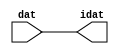

//------> /package/eda/mg/Catapult_10.3d/Mgc_home/pkgs/siflibs/ccs_in_v1.v 
//------------------------------------------------------------------------------
// Catapult Synthesis - Sample I/O Port Library
//
// Copyright (c) 2003-2017 Mentor Graphics Corp.
//       All Rights Reserved
//
// This document may be used and distributed without restriction provided that
// this copyright statement is not removed from the file and that any derivative
// work contains this copyright notice.
//
// The design information contained in this file is intended to be an example
// of the functionality which the end user may study in preparation for creating
// their own custom interfaces. This design does not necessarily present a 
// complete implementation of the named protocol or standard.
//
//------------------------------------------------------------------------------


module ccs_in_v1 (idat, dat);

  parameter integer rscid = 1;
  parameter integer width = 8;

  output [width-1:0] idat;
  input  [width-1:0] dat;

  wire   [width-1:0] idat;

  assign idat = dat;

endmodule


//------> /package/eda/mg/Catapult_10.3d/Mgc_home/pkgs/siflibs/ccs_out_v1.v 
//------------------------------------------------------------------------------
// Catapult Synthesis - Sample I/O Port Library
//
// Copyright (c) 2003-2015 Mentor Graphics Corp.
//       All Rights Reserved
//
// This document may be used and distributed without restriction provided that
// this copyright statement is not removed from the file and that any derivative
// work contains this copyright notice.
//
// The design information contained in this file is intended to be an example
// of the functionality which the end user may study in preparation for creating
// their own custom interfaces. This design does not necessarily present a 
// complete implementation of the named protocol or standard.
//
//------------------------------------------------------------------------------

module ccs_out_v1 (dat, idat);

  parameter integer rscid = 1;
  parameter integer width = 8;

  output   [width-1:0] dat;
  input    [width-1:0] idat;

  wire     [width-1:0] dat;

  assign dat = idat;

endmodule




//------> /package/eda/mg/Catapult_10.3d/Mgc_home/pkgs/siflibs/mgc_io_sync_v2.v 
//------------------------------------------------------------------------------
// Catapult Synthesis - Sample I/O Port Library
//
// Copyright (c) 2003-2017 Mentor Graphics Corp.
//       All Rights Reserved
//
// This document may be used and distributed without restriction provided that
// this copyright statement is not removed from the file and that any derivative
// work contains this copyright notice.
//
// The design information contained in this file is intended to be an example
// of the functionality which the end user may study in preparation for creating
// their own custom interfaces. This design does not necessarily present a 
// complete implementation of the named protocol or standard.
//
//------------------------------------------------------------------------------


module mgc_io_sync_v2 (ld, lz);
    parameter valid = 0;

    input  ld;
    output lz;

    wire   lz;

    assign lz = ld;

endmodule


//------> ./rtl.v 
// ----------------------------------------------------------------------
//  HLS HDL:        Verilog Netlister
//  HLS Version:    10.3d/815731 Production Release
//  HLS Date:       Wed Apr 24 14:54:19 PDT 2019
// 
//  Generated by:   695r48@cparch23.ecn.purdue.edu
//  Generated date: Tue Nov  9 15:14:57 2021
// ----------------------------------------------------------------------

// 
// ------------------------------------------------------------------
//  Design Unit:    fir_Altera_DIST_DIST_1R1W_RBW_rport_1_16_5_32_32_16_gen
// ------------------------------------------------------------------


module fir_Altera_DIST_DIST_1R1W_RBW_rport_1_16_5_32_32_16_gen (
  q, radr, radr_d, q_d, rport_r_ram_ir_internal_RMASK_B_d
);
  input [15:0] q;
  output [4:0] radr;
  input [4:0] radr_d;
  output [15:0] q_d;
  input rport_r_ram_ir_internal_RMASK_B_d;



  // Interconnect Declarations for Component Instantiations 
  assign q_d = q;
  assign radr = (radr_d);
endmodule

// ------------------------------------------------------------------
//  Design Unit:    fir_core_core_fsm
//  FSM Module
// ------------------------------------------------------------------


module fir_core_core_fsm (
  clk, rst, fsm_output, MAC_C_3_tr0
);
  input clk;
  input rst;
  output [13:0] fsm_output;
  reg [13:0] fsm_output;
  input MAC_C_3_tr0;


  // FSM State Type Declaration for fir_core_core_fsm_1
  parameter
    main_C_0 = 4'd0,
    MAC_C_0 = 4'd1,
    MAC_C_1 = 4'd2,
    MAC_C_2 = 4'd3,
    MAC_C_3 = 4'd4,
    MAC_C_4 = 4'd5,
    MAC_C_5 = 4'd6,
    MAC_C_6 = 4'd7,
    MAC_C_7 = 4'd8,
    MAC_C_8 = 4'd9,
    MAC_C_9 = 4'd10,
    MAC_C_10 = 4'd11,
    MAC_C_11 = 4'd12,
    main_C_1 = 4'd13;

  reg [3:0] state_var;
  reg [3:0] state_var_NS;


  // Interconnect Declarations for Component Instantiations 
  always @(*)
  begin : fir_core_core_fsm_1
    case (state_var)
      MAC_C_0 : begin
        fsm_output = 14'b00000000000010;
        state_var_NS = MAC_C_1;
      end
      MAC_C_1 : begin
        fsm_output = 14'b00000000000100;
        state_var_NS = MAC_C_2;
      end
      MAC_C_2 : begin
        fsm_output = 14'b00000000001000;
        state_var_NS = MAC_C_3;
      end
      MAC_C_3 : begin
        fsm_output = 14'b00000000010000;
        if ( MAC_C_3_tr0 ) begin
          state_var_NS = main_C_1;
        end
        else begin
          state_var_NS = MAC_C_4;
        end
      end
      MAC_C_4 : begin
        fsm_output = 14'b00000000100000;
        state_var_NS = MAC_C_5;
      end
      MAC_C_5 : begin
        fsm_output = 14'b00000001000000;
        state_var_NS = MAC_C_6;
      end
      MAC_C_6 : begin
        fsm_output = 14'b00000010000000;
        state_var_NS = MAC_C_7;
      end
      MAC_C_7 : begin
        fsm_output = 14'b00000100000000;
        state_var_NS = MAC_C_8;
      end
      MAC_C_8 : begin
        fsm_output = 14'b00001000000000;
        state_var_NS = MAC_C_9;
      end
      MAC_C_9 : begin
        fsm_output = 14'b00010000000000;
        state_var_NS = MAC_C_10;
      end
      MAC_C_10 : begin
        fsm_output = 14'b00100000000000;
        state_var_NS = MAC_C_11;
      end
      MAC_C_11 : begin
        fsm_output = 14'b01000000000000;
        state_var_NS = MAC_C_0;
      end
      main_C_1 : begin
        fsm_output = 14'b10000000000000;
        state_var_NS = main_C_0;
      end
      // main_C_0
      default : begin
        fsm_output = 14'b00000000000001;
        state_var_NS = MAC_C_0;
      end
    endcase
  end

  always @(posedge clk) begin
    if ( rst ) begin
      state_var <= main_C_0;
    end
    else begin
      state_var <= state_var_NS;
    end
  end

endmodule

// ------------------------------------------------------------------
//  Design Unit:    fir_core
// ------------------------------------------------------------------


module fir_core (
  clk, rst, coeffs_rsc_triosy_lz, in1_rsc_dat, in1_rsc_triosy_lz, out1_rsc_dat, out1_rsc_triosy_lz,
      coeffs_rsci_radr_d, coeffs_rsci_q_d, coeffs_rsci_rport_r_ram_ir_internal_RMASK_B_d
);
  input clk;
  input rst;
  output coeffs_rsc_triosy_lz;
  input [15:0] in1_rsc_dat;
  output in1_rsc_triosy_lz;
  output [15:0] out1_rsc_dat;
  output out1_rsc_triosy_lz;
  output [4:0] coeffs_rsci_radr_d;
  input [15:0] coeffs_rsci_q_d;
  output coeffs_rsci_rport_r_ram_ir_internal_RMASK_B_d;


  // Interconnect Declarations
  wire [15:0] in1_rsci_idat;
  reg [15:0] out1_rsci_idat;
  wire [13:0] fsm_output;
  wire [4:0] MAC_slc_MAC_2_MAC_acc_tmp;
  wire [5:0] nl_MAC_slc_MAC_2_MAC_acc_tmp;
  wire and_dcpl_10;
  wire or_dcpl_17;
  wire or_dcpl_18;
  wire or_dcpl_20;
  wire and_dcpl_12;
  wire or_dcpl_23;
  wire or_tmp_84;
  wire or_tmp_154;
  wire or_tmp_158;
  reg [4:0] MAC_slc_MAC_2_MAC_acc_psp_sva;
  reg reg_out1_rsc_triosy_obj_ld_cse;
  wire reg_out1_out1_and_cse;
  reg [3:0] MAC_i_4_1_sva;
  reg [3:0] MAC_slc_MAC_4_MAC_acc_psp_sva;
  reg [3:0] MAC_slc_MAC_8_MAC_acc_psp_sva;
  reg [3:0] MAC_slc_MAC_6_MAC_acc_psp_sva;
  wire [29:0] z_out;
  wire [30:0] nl_z_out;
  wire [15:0] z_out_1;
  wire [15:0] z_out_2;
  wire [29:0] z_out_4;
  wire signed [31:0] nl_z_out_4;
  wire [29:0] z_out_5;
  wire signed [31:0] nl_z_out_5;
  reg [15:0] regs_15_sva;
  reg [15:0] regs_16_sva;
  reg [15:0] regs_14_sva;
  reg [15:0] regs_17_sva;
  reg [15:0] regs_13_sva;
  reg [15:0] regs_18_sva;
  reg [15:0] regs_12_sva;
  reg [15:0] regs_19_sva;
  reg [15:0] regs_11_sva;
  reg [15:0] regs_20_sva;
  reg [15:0] regs_10_sva;
  reg [15:0] regs_21_sva;
  reg [15:0] regs_9_sva;
  reg [15:0] regs_22_sva;
  reg [15:0] regs_8_sva;
  reg [15:0] regs_23_sva;
  reg [15:0] regs_7_sva;
  reg [15:0] regs_24_sva;
  reg [15:0] regs_6_sva;
  reg [15:0] regs_25_sva;
  reg [15:0] regs_5_sva;
  reg [15:0] regs_26_sva;
  reg [15:0] regs_4_sva;
  reg [15:0] regs_27_sva;
  reg [15:0] regs_3_sva;
  reg [15:0] regs_28_sva;
  reg [15:0] regs_2_sva;
  reg [15:0] regs_29_sva;
  reg [15:0] regs_1_sva;
  reg [15:0] regs_30_sva;
  reg [15:0] regs_0_sva;
  reg [29:0] acc_32_3_1_sva;
  reg [15:0] regs_30_sva_1;
  reg [15:0] regs_29_sva_1;
  reg [15:0] regs_28_sva_1;
  reg [15:0] regs_27_sva_1;
  reg [15:0] regs_26_sva_1;
  reg [15:0] regs_25_sva_1;
  reg [15:0] regs_24_sva_1;
  reg [15:0] regs_23_sva_1;
  reg [15:0] regs_22_sva_1;
  reg [15:0] regs_21_sva_1;
  reg [15:0] regs_20_sva_1;
  reg [15:0] regs_19_sva_1;
  reg [15:0] regs_18_sva_1;
  reg [15:0] regs_17_sva_1;
  reg [15:0] regs_16_sva_1;
  reg [15:0] regs_15_sva_1;
  reg [15:0] regs_14_sva_1;
  reg [15:0] regs_13_sva_1;
  reg [15:0] regs_12_sva_1;
  reg [15:0] regs_11_sva_1;
  reg [15:0] regs_10_sva_1;
  reg [15:0] regs_9_sva_1;
  reg [15:0] regs_8_sva_1;
  reg [15:0] regs_7_sva_1;
  reg [15:0] regs_6_sva_1;
  reg [15:0] regs_5_sva_1;
  reg [15:0] regs_4_sva_1;
  reg [15:0] regs_3_sva_1;
  reg [15:0] regs_2_sva_1;
  reg [15:0] regs_1_sva_1;
  reg [15:0] regs_0_sva_1;
  reg [15:0] MAC_1_MAC_mux_itm;
  reg [29:0] MAC_1_mul_itm;
  reg [15:0] MAC_9_MAC_mux_itm;
  reg [15:0] MAC_10_MAC_mux_itm;
  reg [29:0] MAC_10_mul_itm;
  reg [15:0] MAC_3_MAC_mux_itm;
  reg [15:0] MAC_4_MAC_mux_itm;
  reg [29:0] MAC_acc_6_itm;
  reg [15:0] MAC_5_MAC_mux_itm;
  reg [15:0] MAC_6_MAC_mux_itm;
  reg [29:0] MAC_acc_5_itm;
  reg [15:0] MAC_7_MAC_mux_itm;
  reg [15:0] MAC_8_MAC_mux_itm;
  reg [3:0] MAC_slc_MAC_10_MAC_acc_itm;
  wire [4:0] nl_MAC_slc_MAC_10_MAC_acc_itm;
  wire [3:0] MAC_slc_MAC_4_MAC_acc_psp_sva_mx0w0;
  wire [4:0] nl_MAC_slc_MAC_4_MAC_acc_psp_sva_mx0w0;
  wire [3:0] MAC_slc_MAC_6_MAC_acc_psp_sva_1;
  wire [4:0] nl_MAC_slc_MAC_6_MAC_acc_psp_sva_1;
  wire [3:0] MAC_slc_MAC_8_MAC_acc_psp_sva_1;
  wire [4:0] nl_MAC_slc_MAC_8_MAC_acc_psp_sva_1;
  wire MAC_10_mul_itm_mx0c0;
  wire [29:0] MAC_acc_mx0w0;
  wire [30:0] nl_MAC_acc_mx0w0;
  wire or_198_tmp;
  wire and_400_tmp;
  wire MAC_nor_4_cse;
  wire MAC_nor_8_cse;
  wire MAC_nor_cse;
  wire MAC_nor_7_cse;
  wire [3:0] MAC_mux_28_cse;

  wire[29:0] acc_mux_nl;
  wire[29:0] MAC_10_acc_1_nl;
  wire[30:0] nl_MAC_10_acc_1_nl;
  wire[29:0] MAC_acc_8_nl;
  wire[30:0] nl_MAC_acc_8_nl;
  wire[0:0] acc_not_nl;
  wire[0:0] MAC_and_13_nl;
  wire[0:0] MAC_and_14_nl;
  wire[0:0] MAC_and_15_nl;
  wire[0:0] MAC_and_10_nl;
  wire[0:0] MAC_and_11_nl;
  wire[0:0] MAC_and_12_nl;
  wire[0:0] MAC_and_7_nl;
  wire[0:0] MAC_and_8_nl;
  wire[0:0] MAC_and_9_nl;
  wire[0:0] MAC_and_4_nl;
  wire[0:0] MAC_and_5_nl;
  wire[0:0] MAC_and_6_nl;
  wire[0:0] MAC_and_nl;
  wire[0:0] MAC_and_1_nl;
  wire[0:0] MAC_and_2_nl;
  wire[0:0] MAC_and_3_nl;
  wire[29:0] mul_nl;
  wire signed [31:0] nl_mul_nl;
  wire[15:0] MAC_mux_24_nl;
  wire[0:0] MAC_or_nl;
  wire[29:0] mul_3_nl;
  wire signed [31:0] nl_mul_3_nl;
  wire[15:0] MAC_mux_27_nl;
  wire[29:0] MAC_5_mul_nl;
  wire signed [31:0] nl_MAC_5_mul_nl;
  wire[0:0] MAC_or_3_nl;
  wire[29:0] MAC_acc_10_nl;
  wire[30:0] nl_MAC_acc_10_nl;
  wire[3:0] coeffs_mux1h_1_nl;
  wire[0:0] coeffs_or_nl;
  wire[0:0] coeffs_or_4_nl;
  wire[0:0] coeffs_or_1_nl;
  wire[0:0] coeffs_or_2_nl;
  wire[0:0] coeffs_or_3_nl;
  wire[0:0] coeffs_coeffs_or_nl;
  wire[15:0] MAC_mux_25_nl;
  wire[15:0] MAC_mux_26_nl;

  // Interconnect Declarations for Component Instantiations 
  wire [0:0] nl_fir_core_core_fsm_inst_MAC_C_3_tr0;
  assign nl_fir_core_core_fsm_inst_MAC_C_3_tr0 = MAC_slc_MAC_2_MAC_acc_psp_sva[4];
  ccs_in_v1 #(.rscid(32'sd2),
  .width(32'sd16)) in1_rsci (
      .dat(in1_rsc_dat),
      .idat(in1_rsci_idat)
    );
  ccs_out_v1 #(.rscid(32'sd3),
  .width(32'sd16)) out1_rsci (
      .idat(out1_rsci_idat),
      .dat(out1_rsc_dat)
    );
  mgc_io_sync_v2 #(.valid(32'sd0)) coeffs_rsc_triosy_obj (
      .ld(reg_out1_rsc_triosy_obj_ld_cse),
      .lz(coeffs_rsc_triosy_lz)
    );
  mgc_io_sync_v2 #(.valid(32'sd0)) in1_rsc_triosy_obj (
      .ld(reg_out1_rsc_triosy_obj_ld_cse),
      .lz(in1_rsc_triosy_lz)
    );
  mgc_io_sync_v2 #(.valid(32'sd0)) out1_rsc_triosy_obj (
      .ld(reg_out1_rsc_triosy_obj_ld_cse),
      .lz(out1_rsc_triosy_lz)
    );
  fir_core_core_fsm fir_core_core_fsm_inst (
      .clk(clk),
      .rst(rst),
      .fsm_output(fsm_output),
      .MAC_C_3_tr0(nl_fir_core_core_fsm_inst_MAC_C_3_tr0[0:0])
    );
  assign reg_out1_out1_and_cse = (fsm_output[4]) & (MAC_slc_MAC_2_MAC_acc_psp_sva[4]);
  assign and_400_tmp = and_dcpl_10 & and_dcpl_12;
  assign MAC_nor_cse = ~((MAC_slc_MAC_6_MAC_acc_psp_sva_1[3:2]!=2'b00));
  assign MAC_nor_4_cse = ~((MAC_slc_MAC_6_MAC_acc_psp_sva_1[2:0]!=3'b000));
  assign or_198_tmp = or_dcpl_20 | (fsm_output[4]);
  assign MAC_nor_7_cse = ~((MAC_slc_MAC_4_MAC_acc_psp_sva_mx0w0[3]) | (MAC_slc_MAC_4_MAC_acc_psp_sva_mx0w0[2])
      | (MAC_slc_MAC_4_MAC_acc_psp_sva_mx0w0[0]));
  assign MAC_nor_8_cse = ~((MAC_slc_MAC_4_MAC_acc_psp_sva_mx0w0[1:0]!=2'b00));
  assign nl_MAC_slc_MAC_2_MAC_acc_tmp = conv_u2s_4_5(MAC_i_4_1_sva) + 5'b00001;
  assign MAC_slc_MAC_2_MAC_acc_tmp = nl_MAC_slc_MAC_2_MAC_acc_tmp[4:0];
  assign nl_MAC_slc_MAC_4_MAC_acc_psp_sva_mx0w0 = (MAC_slc_MAC_2_MAC_acc_tmp[3:0])
      + 4'b0001;
  assign MAC_slc_MAC_4_MAC_acc_psp_sva_mx0w0 = nl_MAC_slc_MAC_4_MAC_acc_psp_sva_mx0w0[3:0];
  assign nl_MAC_slc_MAC_6_MAC_acc_psp_sva_1 = MAC_slc_MAC_4_MAC_acc_psp_sva_mx0w0
      + 4'b0001;
  assign MAC_slc_MAC_6_MAC_acc_psp_sva_1 = nl_MAC_slc_MAC_6_MAC_acc_psp_sva_1[3:0];
  assign nl_MAC_slc_MAC_8_MAC_acc_psp_sva_1 = MAC_slc_MAC_6_MAC_acc_psp_sva_1 + 4'b0001;
  assign MAC_slc_MAC_8_MAC_acc_psp_sva_1 = nl_MAC_slc_MAC_8_MAC_acc_psp_sva_1[3:0];
  assign nl_MAC_acc_mx0w0 = MAC_1_mul_itm + MAC_10_mul_itm;
  assign MAC_acc_mx0w0 = nl_MAC_acc_mx0w0[29:0];
  assign and_dcpl_10 = ~((fsm_output[11]) | (fsm_output[13]) | (fsm_output[0]));
  assign or_dcpl_17 = (fsm_output[2]) | (fsm_output[4]);
  assign or_dcpl_18 = (fsm_output[5]) | (fsm_output[3]);
  assign or_dcpl_20 = (fsm_output[3:2]!=2'b00);
  assign and_dcpl_12 = ~((fsm_output[12]) | (fsm_output[1]));
  assign or_dcpl_23 = or_dcpl_18 | (fsm_output[7]);
  assign or_tmp_84 = ~((fsm_output[13]) | (fsm_output[0]));
  assign or_tmp_154 = or_dcpl_18 | or_dcpl_17;
  assign or_tmp_158 = and_dcpl_10 & and_dcpl_12 & (~ (fsm_output[10]));
  assign MAC_10_mul_itm_mx0c0 = (fsm_output[8]) | (fsm_output[2]);
  assign coeffs_or_nl = (fsm_output[2:1]!=2'b00);
  assign coeffs_or_4_nl = (fsm_output[4:3]!=2'b00);
  assign coeffs_or_1_nl = (fsm_output[6:5]!=2'b00);
  assign coeffs_or_2_nl = (fsm_output[8:7]!=2'b00);
  assign coeffs_or_3_nl = (fsm_output[10:9]!=2'b00);
  assign coeffs_mux1h_1_nl = MUX1HOT_v_4_5_2(MAC_i_4_1_sva, MAC_slc_MAC_4_MAC_acc_psp_sva,
      (MAC_slc_MAC_2_MAC_acc_psp_sva[3:0]), MAC_slc_MAC_8_MAC_acc_psp_sva, MAC_slc_MAC_6_MAC_acc_psp_sva,
      {(coeffs_or_nl) , (coeffs_or_4_nl) , (coeffs_or_1_nl) , (coeffs_or_2_nl) ,
      (coeffs_or_3_nl)});
  assign coeffs_coeffs_or_nl = (fsm_output[1]) | (fsm_output[3]) | (fsm_output[5])
      | (fsm_output[7]) | (fsm_output[9]);
  assign coeffs_rsci_radr_d = {(coeffs_mux1h_1_nl) , (coeffs_coeffs_or_nl)};
  assign coeffs_rsci_rport_r_ram_ir_internal_RMASK_B_d = (and_dcpl_10 & (~ (fsm_output[12]))
      & (~ (fsm_output[4]))) | ((~ (MAC_slc_MAC_2_MAC_acc_psp_sva[4])) & (fsm_output[4]));
  always @(posedge clk) begin
    if ( rst ) begin
      acc_32_3_1_sva <= 30'b000000000000000000000000000000;
    end
    else if ( (fsm_output[0]) | (fsm_output[12]) | (fsm_output[4]) ) begin
      acc_32_3_1_sva <= MUX_v_30_2_2(30'b000000000000000000000000000000, (acc_mux_nl),
          (acc_not_nl));
    end
  end
  always @(posedge clk) begin
    if ( rst ) begin
      out1_rsci_idat <= 16'b0000000000000000;
      regs_0_sva <= 16'b0000000000000000;
      regs_10_sva <= 16'b0000000000000000;
      regs_20_sva <= 16'b0000000000000000;
      regs_30_sva <= 16'b0000000000000000;
      regs_9_sva <= 16'b0000000000000000;
      regs_19_sva <= 16'b0000000000000000;
      regs_29_sva <= 16'b0000000000000000;
      regs_8_sva <= 16'b0000000000000000;
      regs_18_sva <= 16'b0000000000000000;
      regs_28_sva <= 16'b0000000000000000;
      regs_7_sva <= 16'b0000000000000000;
      regs_17_sva <= 16'b0000000000000000;
      regs_27_sva <= 16'b0000000000000000;
      regs_6_sva <= 16'b0000000000000000;
      regs_16_sva <= 16'b0000000000000000;
      regs_26_sva <= 16'b0000000000000000;
      regs_5_sva <= 16'b0000000000000000;
      regs_15_sva <= 16'b0000000000000000;
      regs_25_sva <= 16'b0000000000000000;
      regs_4_sva <= 16'b0000000000000000;
      regs_14_sva <= 16'b0000000000000000;
      regs_24_sva <= 16'b0000000000000000;
      regs_3_sva <= 16'b0000000000000000;
      regs_13_sva <= 16'b0000000000000000;
      regs_23_sva <= 16'b0000000000000000;
      regs_2_sva <= 16'b0000000000000000;
      regs_12_sva <= 16'b0000000000000000;
      regs_22_sva <= 16'b0000000000000000;
      regs_1_sva <= 16'b0000000000000000;
      regs_11_sva <= 16'b0000000000000000;
      regs_21_sva <= 16'b0000000000000000;
    end
    else if ( reg_out1_out1_and_cse ) begin
      out1_rsci_idat <= z_out[29:14];
      regs_0_sva <= regs_0_sva_1;
      regs_10_sva <= regs_10_sva_1;
      regs_20_sva <= regs_20_sva_1;
      regs_30_sva <= regs_30_sva_1;
      regs_9_sva <= regs_9_sva_1;
      regs_19_sva <= regs_19_sva_1;
      regs_29_sva <= regs_29_sva_1;
      regs_8_sva <= regs_8_sva_1;
      regs_18_sva <= regs_18_sva_1;
      regs_28_sva <= regs_28_sva_1;
      regs_7_sva <= regs_7_sva_1;
      regs_17_sva <= regs_17_sva_1;
      regs_27_sva <= regs_27_sva_1;
      regs_6_sva <= regs_6_sva_1;
      regs_16_sva <= regs_16_sva_1;
      regs_26_sva <= regs_26_sva_1;
      regs_5_sva <= regs_5_sva_1;
      regs_15_sva <= regs_15_sva_1;
      regs_25_sva <= regs_25_sva_1;
      regs_4_sva <= regs_4_sva_1;
      regs_14_sva <= regs_14_sva_1;
      regs_24_sva <= regs_24_sva_1;
      regs_3_sva <= regs_3_sva_1;
      regs_13_sva <= regs_13_sva_1;
      regs_23_sva <= regs_23_sva_1;
      regs_2_sva <= regs_2_sva_1;
      regs_12_sva <= regs_12_sva_1;
      regs_22_sva <= regs_22_sva_1;
      regs_1_sva <= regs_1_sva_1;
      regs_11_sva <= regs_11_sva_1;
      regs_21_sva <= regs_21_sva_1;
    end
  end
  always @(posedge clk) begin
    if ( rst ) begin
      MAC_i_4_1_sva <= 4'b0000;
    end
    else if ( (fsm_output[0]) | (fsm_output[4]) ) begin
      MAC_i_4_1_sva <= MUX_v_4_2_2(4'b0000, MAC_slc_MAC_10_MAC_acc_itm, (fsm_output[4]));
    end
  end
  always @(posedge clk) begin
    if ( rst ) begin
      regs_0_sva_1 <= 16'b0000000000000000;
    end
    else if ( ~ or_tmp_84 ) begin
      regs_0_sva_1 <= in1_rsci_idat;
    end
  end
  always @(posedge clk) begin
    if ( rst ) begin
      reg_out1_rsc_triosy_obj_ld_cse <= 1'b0;
      MAC_1_mul_itm <= 30'b000000000000000000000000000000;
    end
    else begin
      reg_out1_rsc_triosy_obj_ld_cse <= reg_out1_out1_and_cse;
      MAC_1_mul_itm <= MUX1HOT_v_30_4_2((mul_3_nl), (MAC_5_mul_nl), z_out_5, z_out_4,
          {(MAC_or_3_nl) , (fsm_output[5]) , (fsm_output[9]) , (fsm_output[11])});
    end
  end
  always @(posedge clk) begin
    if ( rst ) begin
      regs_30_sva_1 <= 16'b0000000000000000;
    end
    else if ( ~ or_tmp_84 ) begin
      regs_30_sva_1 <= regs_29_sva;
    end
  end
  always @(posedge clk) begin
    if ( rst ) begin
      regs_29_sva_1 <= 16'b0000000000000000;
    end
    else if ( ~ or_tmp_84 ) begin
      regs_29_sva_1 <= regs_28_sva;
    end
  end
  always @(posedge clk) begin
    if ( rst ) begin
      regs_28_sva_1 <= 16'b0000000000000000;
    end
    else if ( ~ or_tmp_84 ) begin
      regs_28_sva_1 <= regs_27_sva;
    end
  end
  always @(posedge clk) begin
    if ( rst ) begin
      regs_27_sva_1 <= 16'b0000000000000000;
    end
    else if ( ~ or_tmp_84 ) begin
      regs_27_sva_1 <= regs_26_sva;
    end
  end
  always @(posedge clk) begin
    if ( rst ) begin
      regs_26_sva_1 <= 16'b0000000000000000;
    end
    else if ( ~ or_tmp_84 ) begin
      regs_26_sva_1 <= regs_25_sva;
    end
  end
  always @(posedge clk) begin
    if ( rst ) begin
      regs_25_sva_1 <= 16'b0000000000000000;
    end
    else if ( ~ or_tmp_84 ) begin
      regs_25_sva_1 <= regs_24_sva;
    end
  end
  always @(posedge clk) begin
    if ( rst ) begin
      regs_24_sva_1 <= 16'b0000000000000000;
    end
    else if ( ~ or_tmp_84 ) begin
      regs_24_sva_1 <= regs_23_sva;
    end
  end
  always @(posedge clk) begin
    if ( rst ) begin
      regs_23_sva_1 <= 16'b0000000000000000;
    end
    else if ( ~ or_tmp_84 ) begin
      regs_23_sva_1 <= regs_22_sva;
    end
  end
  always @(posedge clk) begin
    if ( rst ) begin
      regs_22_sva_1 <= 16'b0000000000000000;
    end
    else if ( ~ or_tmp_84 ) begin
      regs_22_sva_1 <= regs_21_sva;
    end
  end
  always @(posedge clk) begin
    if ( rst ) begin
      regs_21_sva_1 <= 16'b0000000000000000;
    end
    else if ( ~ or_tmp_84 ) begin
      regs_21_sva_1 <= regs_20_sva;
    end
  end
  always @(posedge clk) begin
    if ( rst ) begin
      regs_20_sva_1 <= 16'b0000000000000000;
    end
    else if ( ~ or_tmp_84 ) begin
      regs_20_sva_1 <= regs_19_sva;
    end
  end
  always @(posedge clk) begin
    if ( rst ) begin
      regs_19_sva_1 <= 16'b0000000000000000;
    end
    else if ( ~ or_tmp_84 ) begin
      regs_19_sva_1 <= regs_18_sva;
    end
  end
  always @(posedge clk) begin
    if ( rst ) begin
      regs_18_sva_1 <= 16'b0000000000000000;
    end
    else if ( ~ or_tmp_84 ) begin
      regs_18_sva_1 <= regs_17_sva;
    end
  end
  always @(posedge clk) begin
    if ( rst ) begin
      regs_17_sva_1 <= 16'b0000000000000000;
    end
    else if ( ~ or_tmp_84 ) begin
      regs_17_sva_1 <= regs_16_sva;
    end
  end
  always @(posedge clk) begin
    if ( rst ) begin
      regs_16_sva_1 <= 16'b0000000000000000;
    end
    else if ( ~ or_tmp_84 ) begin
      regs_16_sva_1 <= regs_15_sva;
    end
  end
  always @(posedge clk) begin
    if ( rst ) begin
      regs_15_sva_1 <= 16'b0000000000000000;
    end
    else if ( ~ or_tmp_84 ) begin
      regs_15_sva_1 <= regs_14_sva;
    end
  end
  always @(posedge clk) begin
    if ( rst ) begin
      regs_14_sva_1 <= 16'b0000000000000000;
    end
    else if ( ~ or_tmp_84 ) begin
      regs_14_sva_1 <= regs_13_sva;
    end
  end
  always @(posedge clk) begin
    if ( rst ) begin
      regs_13_sva_1 <= 16'b0000000000000000;
    end
    else if ( ~ or_tmp_84 ) begin
      regs_13_sva_1 <= regs_12_sva;
    end
  end
  always @(posedge clk) begin
    if ( rst ) begin
      regs_12_sva_1 <= 16'b0000000000000000;
    end
    else if ( ~ or_tmp_84 ) begin
      regs_12_sva_1 <= regs_11_sva;
    end
  end
  always @(posedge clk) begin
    if ( rst ) begin
      regs_11_sva_1 <= 16'b0000000000000000;
    end
    else if ( ~ or_tmp_84 ) begin
      regs_11_sva_1 <= regs_10_sva;
    end
  end
  always @(posedge clk) begin
    if ( rst ) begin
      regs_10_sva_1 <= 16'b0000000000000000;
    end
    else if ( ~ or_tmp_84 ) begin
      regs_10_sva_1 <= regs_9_sva;
    end
  end
  always @(posedge clk) begin
    if ( rst ) begin
      regs_9_sva_1 <= 16'b0000000000000000;
    end
    else if ( ~ or_tmp_84 ) begin
      regs_9_sva_1 <= regs_8_sva;
    end
  end
  always @(posedge clk) begin
    if ( rst ) begin
      regs_8_sva_1 <= 16'b0000000000000000;
    end
    else if ( ~ or_tmp_84 ) begin
      regs_8_sva_1 <= regs_7_sva;
    end
  end
  always @(posedge clk) begin
    if ( rst ) begin
      regs_7_sva_1 <= 16'b0000000000000000;
    end
    else if ( ~ or_tmp_84 ) begin
      regs_7_sva_1 <= regs_6_sva;
    end
  end
  always @(posedge clk) begin
    if ( rst ) begin
      regs_6_sva_1 <= 16'b0000000000000000;
    end
    else if ( ~ or_tmp_84 ) begin
      regs_6_sva_1 <= regs_5_sva;
    end
  end
  always @(posedge clk) begin
    if ( rst ) begin
      regs_5_sva_1 <= 16'b0000000000000000;
    end
    else if ( ~ or_tmp_84 ) begin
      regs_5_sva_1 <= regs_4_sva;
    end
  end
  always @(posedge clk) begin
    if ( rst ) begin
      regs_4_sva_1 <= 16'b0000000000000000;
    end
    else if ( ~ or_tmp_84 ) begin
      regs_4_sva_1 <= regs_3_sva;
    end
  end
  always @(posedge clk) begin
    if ( rst ) begin
      regs_3_sva_1 <= 16'b0000000000000000;
    end
    else if ( ~ or_tmp_84 ) begin
      regs_3_sva_1 <= regs_2_sva;
    end
  end
  always @(posedge clk) begin
    if ( rst ) begin
      regs_2_sva_1 <= 16'b0000000000000000;
    end
    else if ( ~ or_tmp_84 ) begin
      regs_2_sva_1 <= regs_1_sva;
    end
  end
  always @(posedge clk) begin
    if ( rst ) begin
      regs_1_sva_1 <= 16'b0000000000000000;
    end
    else if ( ~ or_tmp_84 ) begin
      regs_1_sva_1 <= regs_0_sva;
    end
  end
  always @(posedge clk) begin
    if ( rst ) begin
      MAC_slc_MAC_2_MAC_acc_psp_sva <= 5'b00000;
    end
    else if ( ~ or_tmp_154 ) begin
      MAC_slc_MAC_2_MAC_acc_psp_sva <= MAC_slc_MAC_2_MAC_acc_tmp;
    end
  end
  always @(posedge clk) begin
    if ( rst ) begin
      MAC_slc_MAC_4_MAC_acc_psp_sva <= 4'b0000;
    end
    else if ( ~ or_dcpl_20 ) begin
      MAC_slc_MAC_4_MAC_acc_psp_sva <= MAC_slc_MAC_4_MAC_acc_psp_sva_mx0w0;
    end
  end
  always @(posedge clk) begin
    if ( rst ) begin
      MAC_1_MAC_mux_itm <= 16'b0000000000000000;
    end
    else if ( fsm_output[1] ) begin
      MAC_1_MAC_mux_itm <= MUX_v_16_16_2x1x2x3x4x6x7x8x9x11x12x13x14(regs_0_sva_1,
          regs_9_sva, regs_19_sva, regs_29_sva, MAC_i_4_1_sva);
    end
  end
  always @(posedge clk) begin
    if ( rst ) begin
      MAC_7_MAC_mux_itm <= 16'b0000000000000000;
    end
    else if ( ~ and_400_tmp ) begin
      MAC_7_MAC_mux_itm <= MUX1HOT_v_16_3_2(regs_5_sva, regs_15_sva, regs_25_sva,
          {(MAC_and_13_nl) , (MAC_and_14_nl) , (MAC_and_15_nl)});
    end
  end
  always @(posedge clk) begin
    if ( rst ) begin
      MAC_8_MAC_mux_itm <= 16'b0000000000000000;
    end
    else if ( ~ or_tmp_158 ) begin
      MAC_8_MAC_mux_itm <= MUX1HOT_v_16_3_2(regs_6_sva, regs_16_sva, regs_26_sva,
          {(MAC_and_10_nl) , (MAC_and_11_nl) , (MAC_and_12_nl)});
    end
  end
  always @(posedge clk) begin
    if ( rst ) begin
      MAC_slc_MAC_6_MAC_acc_psp_sva <= 4'b0000;
    end
    else if ( ~ or_tmp_158 ) begin
      MAC_slc_MAC_6_MAC_acc_psp_sva <= MAC_slc_MAC_6_MAC_acc_psp_sva_1;
    end
  end
  always @(posedge clk) begin
    if ( rst ) begin
      MAC_slc_MAC_8_MAC_acc_psp_sva <= 4'b0000;
    end
    else if ( ~(or_dcpl_23 | (fsm_output[6]) | (fsm_output[2]) | (fsm_output[4]))
        ) begin
      MAC_slc_MAC_8_MAC_acc_psp_sva <= MAC_slc_MAC_8_MAC_acc_psp_sva_1;
    end
  end
  always @(posedge clk) begin
    if ( rst ) begin
      MAC_3_MAC_mux_itm <= 16'b0000000000000000;
    end
    else if ( ~(or_dcpl_18 | (fsm_output[6]) | or_dcpl_17) ) begin
      MAC_3_MAC_mux_itm <= z_out_1;
    end
  end
  always @(posedge clk) begin
    if ( rst ) begin
      MAC_4_MAC_mux_itm <= 16'b0000000000000000;
    end
    else if ( ~ or_tmp_154 ) begin
      MAC_4_MAC_mux_itm <= z_out_2;
    end
  end
  always @(posedge clk) begin
    if ( rst ) begin
      MAC_5_MAC_mux_itm <= 16'b0000000000000000;
    end
    else if ( ~ or_198_tmp ) begin
      MAC_5_MAC_mux_itm <= MUX1HOT_v_16_3_2(regs_3_sva, regs_13_sva, regs_23_sva,
          {(MAC_and_7_nl) , (MAC_and_8_nl) , (MAC_and_9_nl)});
    end
  end
  always @(posedge clk) begin
    if ( rst ) begin
      MAC_slc_MAC_10_MAC_acc_itm <= 4'b0000;
    end
    else if ( ~ or_dcpl_20 ) begin
      MAC_slc_MAC_10_MAC_acc_itm <= nl_MAC_slc_MAC_10_MAC_acc_itm[3:0];
    end
  end
  always @(posedge clk) begin
    if ( rst ) begin
      MAC_6_MAC_mux_itm <= 16'b0000000000000000;
    end
    else if ( ~ or_dcpl_20 ) begin
      MAC_6_MAC_mux_itm <= MUX1HOT_v_16_3_2(regs_4_sva, regs_14_sva, regs_24_sva,
          {(MAC_and_4_nl) , (MAC_and_5_nl) , (MAC_and_6_nl)});
    end
  end
  always @(posedge clk) begin
    if ( rst ) begin
      MAC_10_MAC_mux_itm <= 16'b0000000000000000;
    end
    else if ( ~(or_dcpl_23 | (fsm_output[6]) | (fsm_output[4])) ) begin
      MAC_10_MAC_mux_itm <= MUX1HOT_v_16_5_2(regs_0_sva, regs_10_sva, regs_20_sva,
          regs_30_sva, z_out_2, {(MAC_and_nl) , (MAC_and_1_nl) , (MAC_and_2_nl) ,
          (MAC_and_3_nl) , (fsm_output[2])});
    end
  end
  always @(posedge clk) begin
    if ( rst ) begin
      MAC_9_MAC_mux_itm <= 16'b0000000000000000;
    end
    else if ( ~(or_dcpl_18 | (fsm_output[8]) | (fsm_output[7]) | (fsm_output[6])
        | (fsm_output[4])) ) begin
      MAC_9_MAC_mux_itm <= z_out_1;
    end
  end
  always @(posedge clk) begin
    if ( rst ) begin
      MAC_10_mul_itm <= 30'b000000000000000000000000000000;
    end
    else if ( (fsm_output[6]) | (fsm_output[4]) | MAC_10_mul_itm_mx0c0 | (fsm_output[10])
        ) begin
      MAC_10_mul_itm <= MUX1HOT_v_30_3_2((mul_nl), z_out_4, z_out_5, {(MAC_or_nl)
          , (fsm_output[6]) , (fsm_output[10])});
    end
  end
  always @(posedge clk) begin
    if ( rst ) begin
      MAC_acc_5_itm <= 30'b000000000000000000000000000000;
    end
    else if ( fsm_output[6] ) begin
      MAC_acc_5_itm <= MAC_acc_mx0w0;
    end
  end
  always @(posedge clk) begin
    if ( rst ) begin
      MAC_acc_6_itm <= 30'b000000000000000000000000000000;
    end
    else if ( (fsm_output[8]) | (fsm_output[10]) ) begin
      MAC_acc_6_itm <= MUX_v_30_2_2(MAC_acc_mx0w0, (MAC_acc_10_nl), fsm_output[10]);
    end
  end
  assign nl_MAC_acc_8_nl = MAC_acc_5_itm + MAC_acc_mx0w0;
  assign MAC_acc_8_nl = nl_MAC_acc_8_nl[29:0];
  assign nl_MAC_10_acc_1_nl = MAC_acc_6_itm + (MAC_acc_8_nl);
  assign MAC_10_acc_1_nl = nl_MAC_10_acc_1_nl[29:0];
  assign acc_mux_nl = MUX_v_30_2_2(z_out, (MAC_10_acc_1_nl), fsm_output[12]);
  assign acc_not_nl = ~ (fsm_output[0]);
  assign MAC_mux_27_nl = MUX_v_16_2_2(MAC_1_MAC_mux_itm, MAC_3_MAC_mux_itm, fsm_output[7]);
  assign nl_mul_3_nl = $signed((MAC_mux_27_nl)) * $signed((coeffs_rsci_q_d));
  assign mul_3_nl = nl_mul_3_nl[29:0];
  assign nl_MAC_5_mul_nl = $signed(MAC_5_MAC_mux_itm) * $signed((coeffs_rsci_q_d));
  assign MAC_5_mul_nl = nl_MAC_5_mul_nl[29:0];
  assign MAC_or_3_nl = (fsm_output[3]) | (fsm_output[7]);
  assign MAC_and_13_nl = (MAC_slc_MAC_6_MAC_acc_psp_sva_1[1:0]==2'b11) & MAC_nor_cse
      & (~ and_400_tmp);
  assign MAC_and_14_nl = (MAC_slc_MAC_6_MAC_acc_psp_sva_1[3]) & MAC_nor_4_cse & (~
      and_400_tmp);
  assign MAC_and_15_nl = (MAC_slc_MAC_6_MAC_acc_psp_sva_1==4'b1101) & (~ and_400_tmp);
  assign MAC_and_10_nl = (MAC_slc_MAC_6_MAC_acc_psp_sva_1[1:0]==2'b11) & MAC_nor_cse
      & (~ or_tmp_158);
  assign MAC_and_11_nl = (MAC_slc_MAC_6_MAC_acc_psp_sva_1[3]) & MAC_nor_4_cse & (~
      or_tmp_158);
  assign MAC_and_12_nl = (MAC_slc_MAC_6_MAC_acc_psp_sva_1==4'b1101) & (~ or_tmp_158);
  assign MAC_and_7_nl = (MAC_slc_MAC_4_MAC_acc_psp_sva_mx0w0[1]) & MAC_nor_7_cse
      & (~ or_198_tmp);
  assign MAC_and_8_nl = (MAC_slc_MAC_4_MAC_acc_psp_sva_mx0w0==4'b0111) & (~ or_198_tmp);
  assign MAC_and_9_nl = (MAC_slc_MAC_4_MAC_acc_psp_sva_mx0w0[3:2]==2'b11) & MAC_nor_8_cse
      & (~ or_198_tmp);
  assign nl_MAC_slc_MAC_10_MAC_acc_itm  = MAC_slc_MAC_8_MAC_acc_psp_sva_1 + 4'b0001;
  assign MAC_and_4_nl = (MAC_slc_MAC_4_MAC_acc_psp_sva_mx0w0[1]) & MAC_nor_7_cse
      & (~ or_dcpl_20);
  assign MAC_and_5_nl = (MAC_slc_MAC_4_MAC_acc_psp_sva_mx0w0==4'b0111) & (~ or_dcpl_20);
  assign MAC_and_6_nl = (MAC_slc_MAC_4_MAC_acc_psp_sva_mx0w0[3:2]==2'b11) & MAC_nor_8_cse
      & (~ or_dcpl_20);
  assign MAC_and_nl = (MAC_i_4_1_sva==4'b0000) & (fsm_output[1]);
  assign MAC_and_1_nl = (MAC_i_4_1_sva==4'b0101) & (fsm_output[1]);
  assign MAC_and_2_nl = (MAC_i_4_1_sva==4'b1010) & (fsm_output[1]);
  assign MAC_and_3_nl = (MAC_i_4_1_sva==4'b1111) & (fsm_output[1]);
  assign MAC_mux_24_nl = MUX_v_16_2_2(MAC_10_MAC_mux_itm, MAC_6_MAC_mux_itm, fsm_output[4]);
  assign nl_mul_nl = $signed((MAC_mux_24_nl)) * $signed((coeffs_rsci_q_d));
  assign mul_nl = nl_mul_nl[29:0];
  assign MAC_or_nl = MAC_10_mul_itm_mx0c0 | (fsm_output[4]);
  assign nl_MAC_acc_10_nl = z_out + MAC_acc_6_itm;
  assign MAC_acc_10_nl = nl_MAC_acc_10_nl[29:0];
  assign nl_z_out = MAC_acc_mx0w0 + acc_32_3_1_sva;
  assign z_out = nl_z_out[29:0];
  assign MAC_mux_25_nl = MUX_v_16_2_2(MAC_4_MAC_mux_itm, MAC_7_MAC_mux_itm, fsm_output[11]);
  assign nl_z_out_4 = $signed((MAC_mux_25_nl)) * $signed((coeffs_rsci_q_d));
  assign z_out_4 = nl_z_out_4[29:0];
  assign MAC_mux_26_nl = MUX_v_16_2_2(MAC_8_MAC_mux_itm, MAC_9_MAC_mux_itm, fsm_output[9]);
  assign nl_z_out_5 = $signed((MAC_mux_26_nl)) * $signed((coeffs_rsci_q_d));
  assign z_out_5 = nl_z_out_5[29:0];
  assign MAC_mux_28_cse = MUX_v_4_2_2((MAC_slc_MAC_2_MAC_acc_tmp[3:0]), MAC_slc_MAC_8_MAC_acc_psp_sva,
      fsm_output[2]);
  assign z_out_1 = MUX_v_16_15_2x0x2x3x5x7x8x10x12x13(regs_1_sva, regs_7_sva, regs_11_sva,
      regs_17_sva, regs_21_sva, regs_27_sva, MAC_mux_28_cse);
  assign z_out_2 = MUX_v_16_15_2x0x2x3x5x7x8x10x12x13(regs_2_sva, regs_8_sva, regs_12_sva,
      regs_18_sva, regs_22_sva, regs_28_sva, MAC_mux_28_cse);

  function automatic [15:0] MUX1HOT_v_16_3_2;
    input [15:0] input_2;
    input [15:0] input_1;
    input [15:0] input_0;
    input [2:0] sel;
    reg [15:0] result;
  begin
    result = input_0 & {16{sel[0]}};
    result = result | ( input_1 & {16{sel[1]}});
    result = result | ( input_2 & {16{sel[2]}});
    MUX1HOT_v_16_3_2 = result;
  end
  endfunction


  function automatic [15:0] MUX1HOT_v_16_5_2;
    input [15:0] input_4;
    input [15:0] input_3;
    input [15:0] input_2;
    input [15:0] input_1;
    input [15:0] input_0;
    input [4:0] sel;
    reg [15:0] result;
  begin
    result = input_0 & {16{sel[0]}};
    result = result | ( input_1 & {16{sel[1]}});
    result = result | ( input_2 & {16{sel[2]}});
    result = result | ( input_3 & {16{sel[3]}});
    result = result | ( input_4 & {16{sel[4]}});
    MUX1HOT_v_16_5_2 = result;
  end
  endfunction


  function automatic [29:0] MUX1HOT_v_30_3_2;
    input [29:0] input_2;
    input [29:0] input_1;
    input [29:0] input_0;
    input [2:0] sel;
    reg [29:0] result;
  begin
    result = input_0 & {30{sel[0]}};
    result = result | ( input_1 & {30{sel[1]}});
    result = result | ( input_2 & {30{sel[2]}});
    MUX1HOT_v_30_3_2 = result;
  end
  endfunction


  function automatic [29:0] MUX1HOT_v_30_4_2;
    input [29:0] input_3;
    input [29:0] input_2;
    input [29:0] input_1;
    input [29:0] input_0;
    input [3:0] sel;
    reg [29:0] result;
  begin
    result = input_0 & {30{sel[0]}};
    result = result | ( input_1 & {30{sel[1]}});
    result = result | ( input_2 & {30{sel[2]}});
    result = result | ( input_3 & {30{sel[3]}});
    MUX1HOT_v_30_4_2 = result;
  end
  endfunction


  function automatic [3:0] MUX1HOT_v_4_5_2;
    input [3:0] input_4;
    input [3:0] input_3;
    input [3:0] input_2;
    input [3:0] input_1;
    input [3:0] input_0;
    input [4:0] sel;
    reg [3:0] result;
  begin
    result = input_0 & {4{sel[0]}};
    result = result | ( input_1 & {4{sel[1]}});
    result = result | ( input_2 & {4{sel[2]}});
    result = result | ( input_3 & {4{sel[3]}});
    result = result | ( input_4 & {4{sel[4]}});
    MUX1HOT_v_4_5_2 = result;
  end
  endfunction


  function automatic [15:0] MUX_v_16_15_2x0x2x3x5x7x8x10x12x13;
    input [15:0] input_1;
    input [15:0] input_4;
    input [15:0] input_6;
    input [15:0] input_9;
    input [15:0] input_11;
    input [15:0] input_14;
    input [3:0] sel;
    reg [15:0] result;
  begin
    case (sel)
      4'b0001 : begin
        result = input_1;
      end
      4'b0100 : begin
        result = input_4;
      end
      4'b0110 : begin
        result = input_6;
      end
      4'b1001 : begin
        result = input_9;
      end
      4'b1011 : begin
        result = input_11;
      end
      default : begin
        result = input_14;
      end
    endcase
    MUX_v_16_15_2x0x2x3x5x7x8x10x12x13 = result;
  end
  endfunction


  function automatic [15:0] MUX_v_16_16_2x1x2x3x4x6x7x8x9x11x12x13x14;
    input [15:0] input_0;
    input [15:0] input_5;
    input [15:0] input_10;
    input [15:0] input_15;
    input [3:0] sel;
    reg [15:0] result;
  begin
    case (sel)
      4'b0000 : begin
        result = input_0;
      end
      4'b0101 : begin
        result = input_5;
      end
      4'b1010 : begin
        result = input_10;
      end
      default : begin
        result = input_15;
      end
    endcase
    MUX_v_16_16_2x1x2x3x4x6x7x8x9x11x12x13x14 = result;
  end
  endfunction


  function automatic [15:0] MUX_v_16_2_2;
    input [15:0] input_0;
    input [15:0] input_1;
    input [0:0] sel;
    reg [15:0] result;
  begin
    case (sel)
      1'b0 : begin
        result = input_0;
      end
      default : begin
        result = input_1;
      end
    endcase
    MUX_v_16_2_2 = result;
  end
  endfunction


  function automatic [29:0] MUX_v_30_2_2;
    input [29:0] input_0;
    input [29:0] input_1;
    input [0:0] sel;
    reg [29:0] result;
  begin
    case (sel)
      1'b0 : begin
        result = input_0;
      end
      default : begin
        result = input_1;
      end
    endcase
    MUX_v_30_2_2 = result;
  end
  endfunction


  function automatic [3:0] MUX_v_4_2_2;
    input [3:0] input_0;
    input [3:0] input_1;
    input [0:0] sel;
    reg [3:0] result;
  begin
    case (sel)
      1'b0 : begin
        result = input_0;
      end
      default : begin
        result = input_1;
      end
    endcase
    MUX_v_4_2_2 = result;
  end
  endfunction


  function automatic [4:0] conv_u2s_4_5 ;
    input [3:0]  vector ;
  begin
    conv_u2s_4_5 =  {1'b0, vector};
  end
  endfunction

endmodule

// ------------------------------------------------------------------
//  Design Unit:    fir
// ------------------------------------------------------------------


module fir (
  clk, rst, coeffs_rsc_radr, coeffs_rsc_q, coeffs_rsc_triosy_lz, in1_rsc_dat, in1_rsc_triosy_lz,
      out1_rsc_dat, out1_rsc_triosy_lz
);
  input clk;
  input rst;
  output [4:0] coeffs_rsc_radr;
  input [15:0] coeffs_rsc_q;
  output coeffs_rsc_triosy_lz;
  input [15:0] in1_rsc_dat;
  output in1_rsc_triosy_lz;
  output [15:0] out1_rsc_dat;
  output out1_rsc_triosy_lz;


  // Interconnect Declarations
  wire [4:0] coeffs_rsci_radr_d;
  wire [15:0] coeffs_rsci_q_d;
  wire coeffs_rsci_rport_r_ram_ir_internal_RMASK_B_d;


  // Interconnect Declarations for Component Instantiations 
  fir_Altera_DIST_DIST_1R1W_RBW_rport_1_16_5_32_32_16_gen coeffs_rsci (
      .q(coeffs_rsc_q),
      .radr(coeffs_rsc_radr),
      .radr_d(coeffs_rsci_radr_d),
      .q_d(coeffs_rsci_q_d),
      .rport_r_ram_ir_internal_RMASK_B_d(coeffs_rsci_rport_r_ram_ir_internal_RMASK_B_d)
    );
  fir_core fir_core_inst (
      .clk(clk),
      .rst(rst),
      .coeffs_rsc_triosy_lz(coeffs_rsc_triosy_lz),
      .in1_rsc_dat(in1_rsc_dat),
      .in1_rsc_triosy_lz(in1_rsc_triosy_lz),
      .out1_rsc_dat(out1_rsc_dat),
      .out1_rsc_triosy_lz(out1_rsc_triosy_lz),
      .coeffs_rsci_radr_d(coeffs_rsci_radr_d),
      .coeffs_rsci_q_d(coeffs_rsci_q_d),
      .coeffs_rsci_rport_r_ram_ir_internal_RMASK_B_d(coeffs_rsci_rport_r_ram_ir_internal_RMASK_B_d)
    );
endmodule